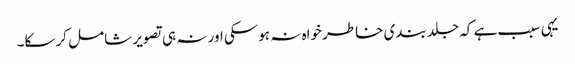
یہی سبب ہے کہ جلد بندی خاطر خواہ نہ ہوسکی اور نہ ہی تصویر شامل کرسکا۔